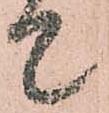
て